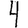
Digit: 4